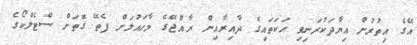
އޭގެ އިތުރުން އިޔާދަކުރަނިވި ހަކަތައިގެ ދާއިރާއިން ރާއްޖޭގެ މާހައުލަށް ފެތޭ ގޮތަށް ސްޓެލްކޯގެ